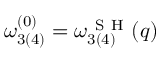
\omega _ { 3 ( 4 ) } ^ { ( 0 ) } = \omega _ { 3 ( 4 ) } ^ { \mathrm { ~ S ~ H ~ } } ( q )